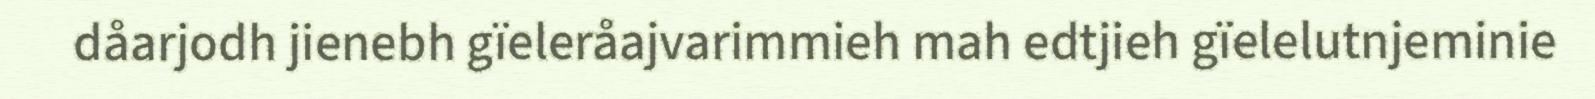
dåarjodh jienebh gïeleråajvarimmieh mah edtjieh gïelelutnjeminie